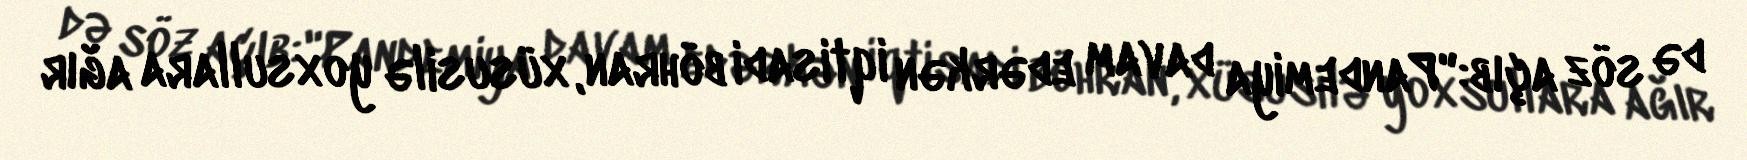
də söz açıb:"Pandemiya davam edərkən iqtisadi böhran, xüsusilə yoxsullara ağır